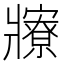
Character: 𤖡